Asutav_Kogu, lk 81
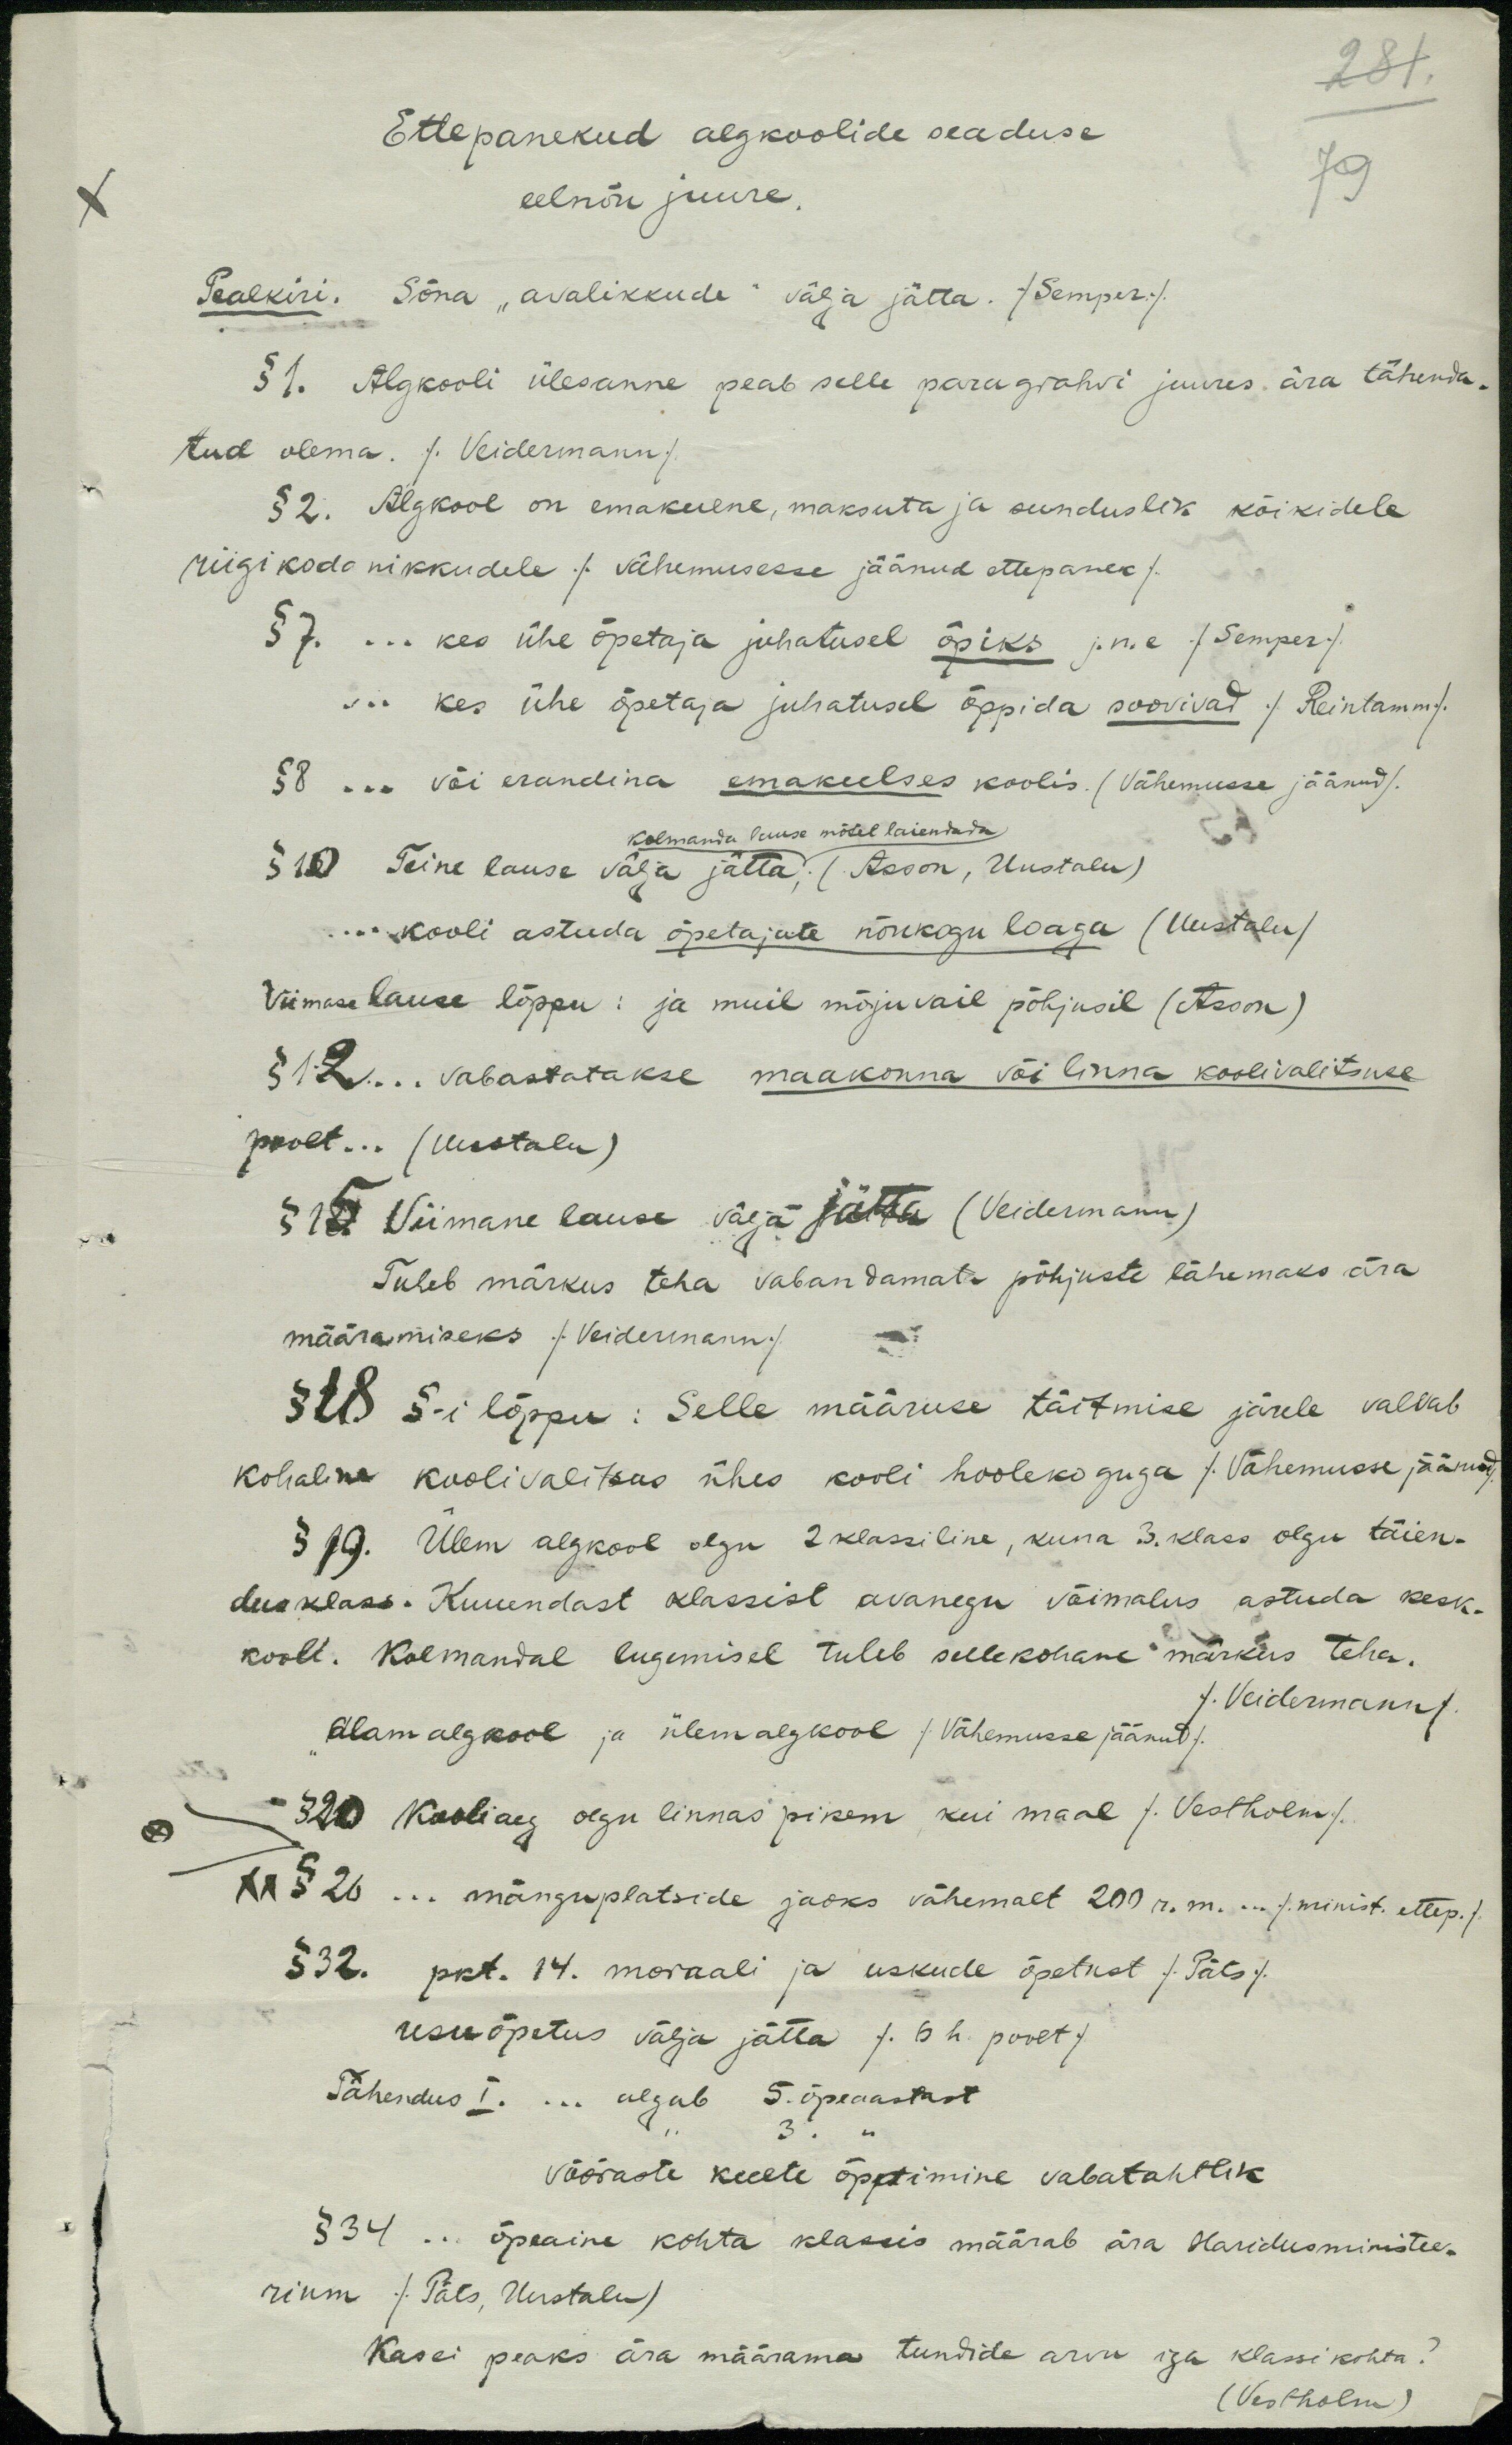
281
Ettepanekud algkoolide seaduse
X
eelnõu juure.
79
Pealkiri. Sõna "avalikkude" välja jätta. /Semper/
§1. Algkooli ülesanne peab selle paragrahvi juures ära tähenda-
tud olema. /Veidermann/
§ 2. Algkool on emakeelne, maksuta ja sunduslik kõikidele
riigi kodanikkudele / vähemusesse jäänud ettepanek/
§ 7... kes ühe õpetaja juhatusel õpiks j.n.e /Semper/
... kes ühe õpetaja juhatusel õppida soovivad /Reintamm/
§ 8... või erandina emakeelses koolis. (Vähemusse jäänud).
Kolmanda lause mõtel laiendada.
§ 10 Teine lause välja jätta; (Asson, Uustalu)
... kooli astuda õpetajate nõukogu loaga (Uustalu)
Viimase lause lõppu: ja muil mõjuvail põhjusil (Asson)
§ 12... vabastatakse maakonna või linna koolivalitsuse
poolt... (Uustalu)
§ 15. Viimane lause välja jätta (Veidermann).
Tuleb märkus teha vabandamata põhjuste lähemaks ära
määramiseks /Veidermann/
§ 18 §-i lõppu: Selle määruse täitmise järele valvab
kohaline koolivalitsus ühes kooli hoolekoguga /Vähemusse jäänud/
§ 19. Ülem algkool olgu 2 klassiline, kuna 3. klass olgu täien-
dusklass. Kuuendast klassist avanegu võimalus astuda kesk-
kooli. Kolmandal lugemisel tuleb sellekohane märkus teha.
"Alamalgkool ja ülemalgkool /Vähemusse jäänud/
/Veidermann/
§20 Kooliaeg olgu linnas pikem kui maal /Vestholm/
xx § 26... mänguplatside jaoks vähemalt 200 r. m. ... / minist. ettep. /
§32. pkt. 14. moraali ja uskude õpetust /Päts/
usuõpetus välja jätta / 6 h. poolt /
Tähendus I. ... algab 5. õpeaastast
võõraste keeete õpetimine vabatahtlik
§34 ... õpeaine kohta klassis määrab ära Haridusministee-
rium /Päts, Uustalu)
Kas ei peaks ära määrama tundide arvu iga klassi kohta?
(Vestholm)